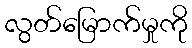
လွတ်မြောက်မှုကို